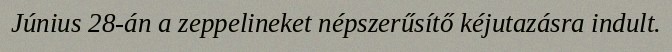
Június 28-án a zeppelineket népszerűsítő kéjutazásra indult.